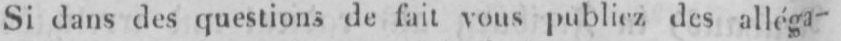
Si dans des questions de fait vous publiez des alléga-